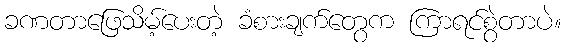
ခဏတာဖြေသိမ့်ပေးတဲ့ ခံစားချက်တွေက ကြာရင်စွဲတာပဲ။